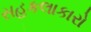
સહકલાકારો